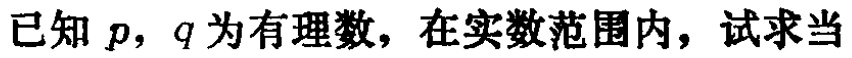
已知 \(p\)，\(q\) 为有理数，在实数范围内，试求当